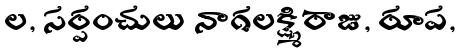
ల, సర్పంచులు నాగలక్ష్మి రాజు, రూప,